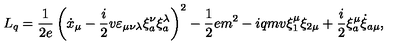
L _ { q } = \frac { 1 } { 2 e } \left( \dot { x } _ { \mu } - \frac { i } { 2 } v \varepsilon _ { \mu \nu \lambda } \xi _ { a } ^ { \nu } \xi _ { a } ^ { \lambda } \right) ^ { 2 } - \frac { 1 } { 2 } e m ^ { 2 } - i q m v \xi _ { 1 } ^ { \mu } \xi _ { 2 \mu } + \frac { i } { 2 } \xi _ { a } ^ { \mu } \dot { \xi } _ { a \mu } ,